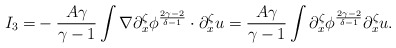
\begin{align*}I_3=&-\frac{A\gamma}{\gamma-1}\int \nabla \partial^\zeta_x\phi^{\frac{2\gamma-2}{\delta-1}}\cdot \partial^\zeta_x u=\frac{A\gamma}{\gamma-1}\int \partial^\zeta_x \phi^{\frac{2\gamma-2}{\delta-1}} \partial^\zeta_x u.\end{align*}